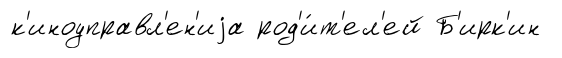
к'иноуправл'ен'иjа род'и́т'ел'ей Б'ирк'ин